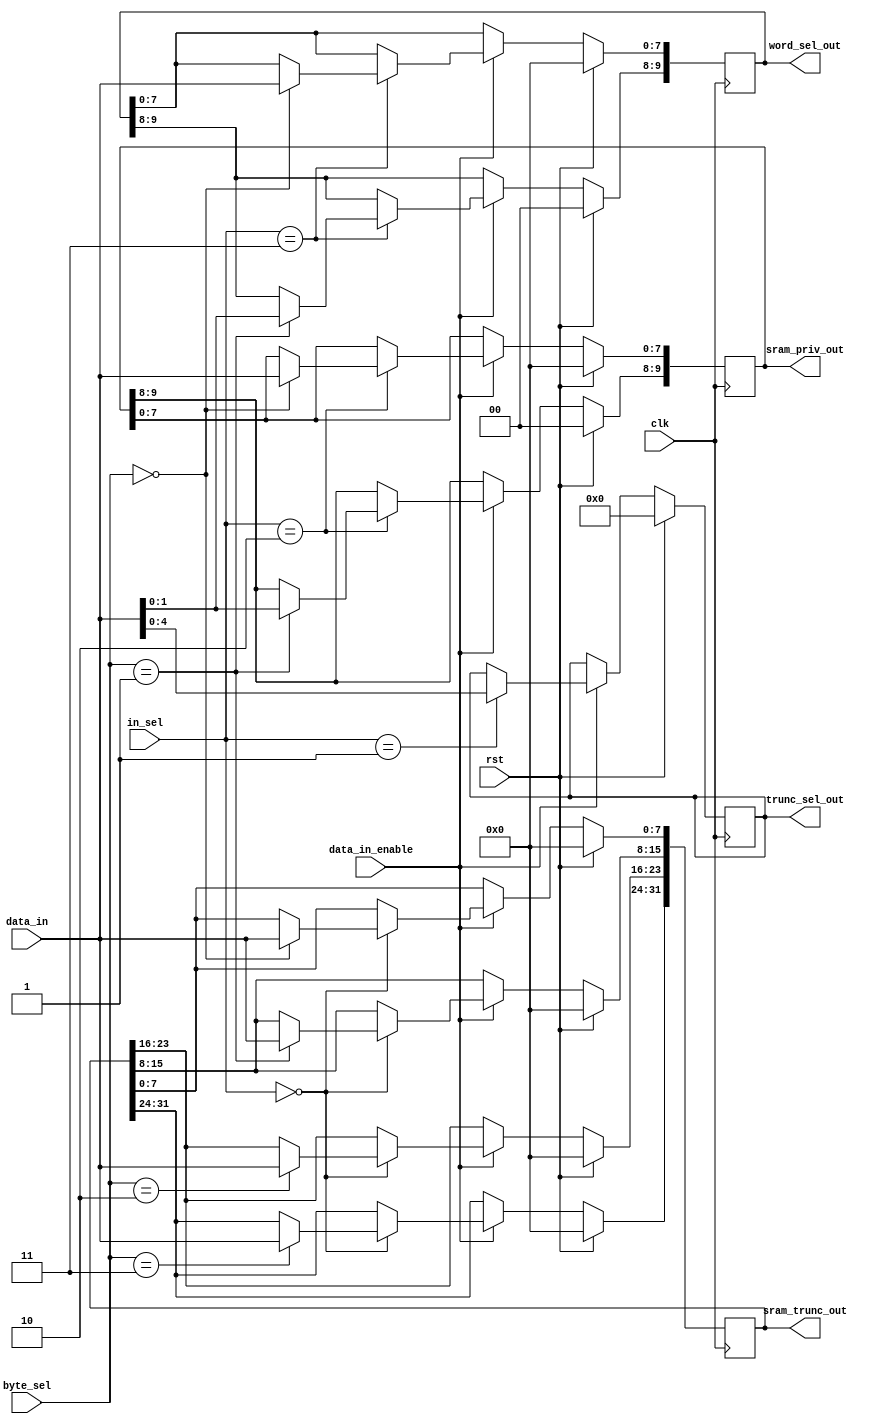
//////////////////////////////////////////////////////////////////////////////////
// Company: 
// Engineer: 
// 
// Design Name: 
// Module Name: data_in_decoder
// Project Name: 
// Target Devices: 
// Tool Versions: 
// Description: 
// 
// Dependencies: 
// 
// Revision:
// Revision 0.01 - File Created
// Additional Comments:
// 
//////////////////////////////////////////////////////////////////////////////////
module data_in_reg(
    input clk,
    input rst,
    input data_in_enable,
    input [7:0] data_in,
    input [1:0] byte_sel,
    input [1:0] in_sel,
    output reg [31:0] sram_trunc_out,
    output reg [4:0] trunc_sel_out,
    output reg [9:0] sram_priv_out,
    output reg [9:0] word_sel_out
);
    always @(posedge clk) begin
        if(rst) begin 
            sram_trunc_out <= 0;
            trunc_sel_out <= 0;
            sram_priv_out <= 0;            
            word_sel_out <= 0;            
        end       
        else if(data_in_enable) begin
            case (in_sel)
                2'b00: 
                    case (byte_sel)
                        2'b00: sram_trunc_out[7:0] <= data_in;
                        2'b01: sram_trunc_out[15:8] <= data_in;
                        2'b10: sram_trunc_out[23:16] <= data_in;
                        2'b11: sram_trunc_out[31:24] <= data_in;
                    endcase    
                2'b01: trunc_sel_out <= data_in[5:0];
                2'b10: 
                    case (byte_sel)
                        2'b00: sram_priv_out[7:0] <= data_in;
                        2'b01: sram_priv_out[9:8] <= data_in[1:0];
                    endcase
                2'b11: 
                    case (byte_sel)
                        2'b00: word_sel_out[7:0] <= data_in;
                        2'b01: word_sel_out[9:8] <= data_in[1:0];
                    endcase
            endcase
        end
    end
endmodule